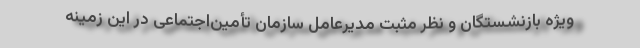
ویژه بازنشستگان و نظر مثبت مدیرعامل سازمان تأمین‌اجتماعی در این زمینه